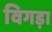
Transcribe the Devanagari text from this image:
विगड़ा